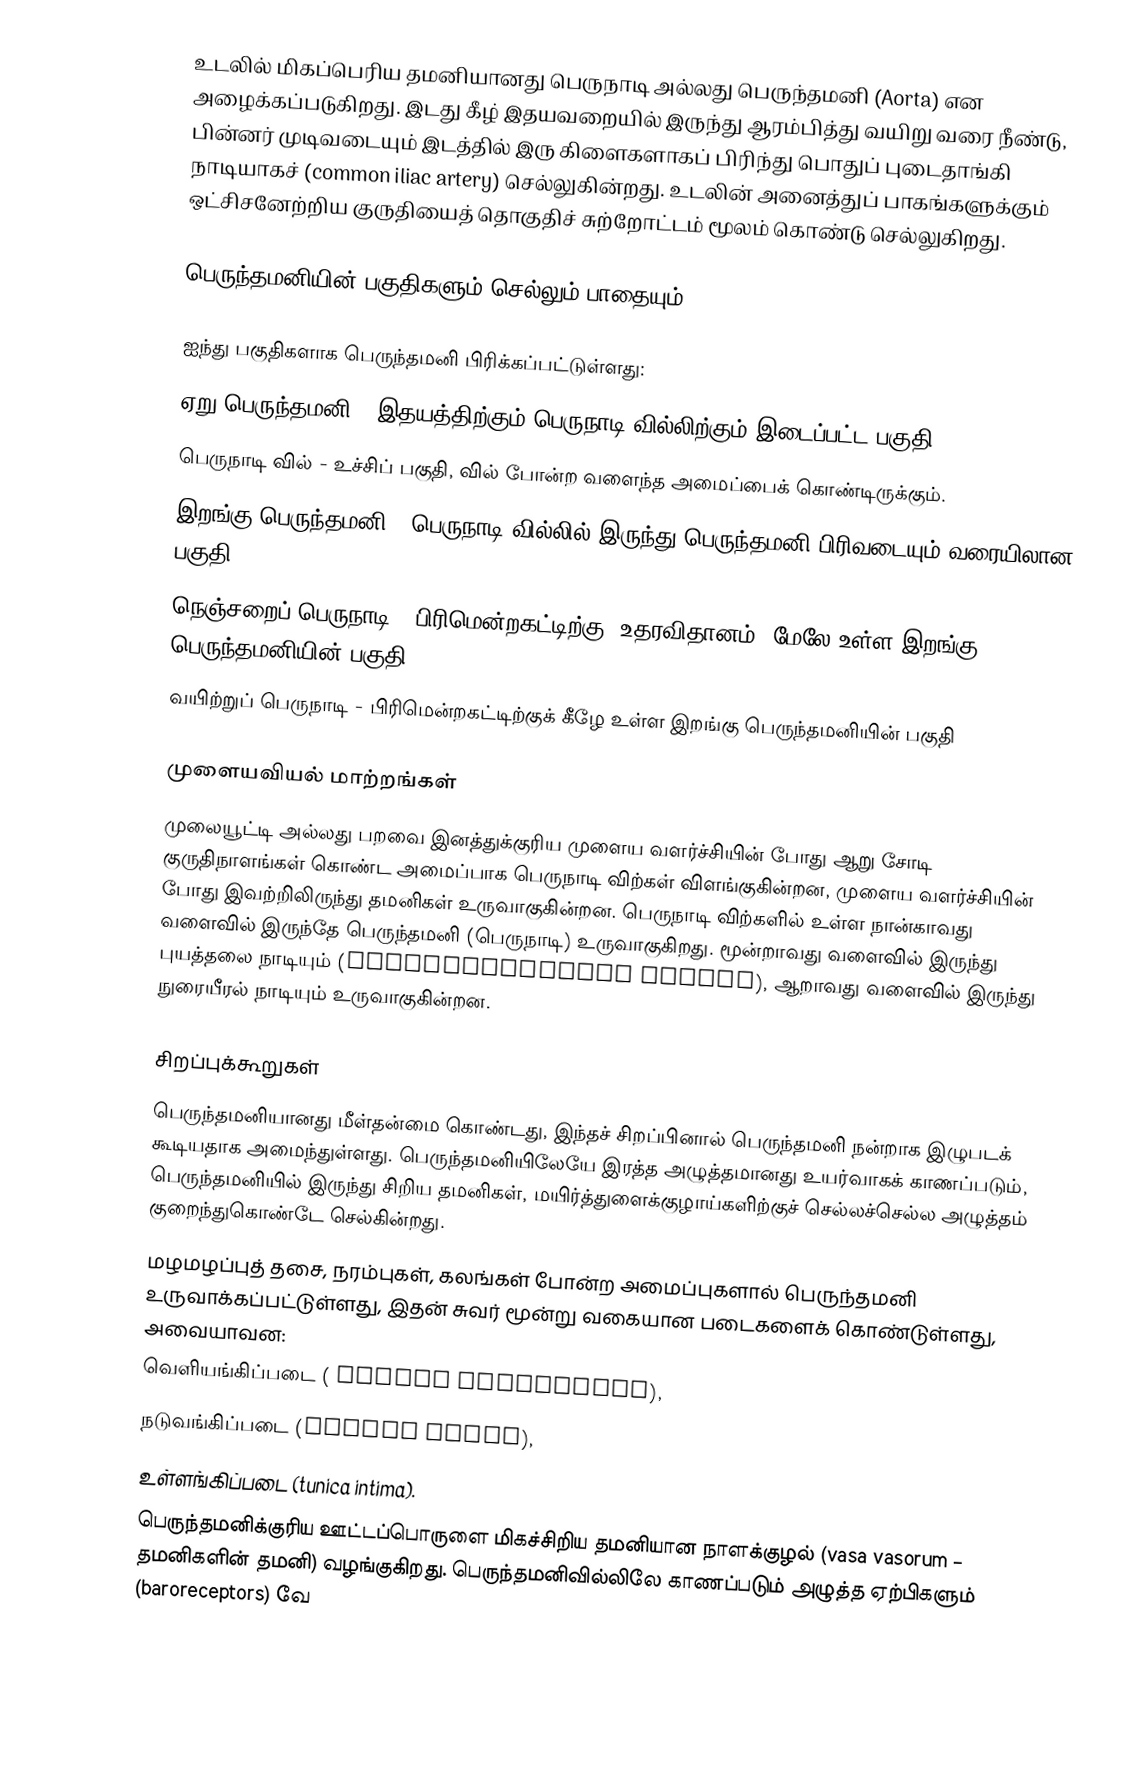
உடலில் மிகப்பெரிய தமனியானது பெருநாடி அல்லது பெருந்தமனி (Aorta) என அழைக்கப்படுகிறது. இடது கீழ் இதயவறையில் இருந்து ஆரம்பித்து வயிறு வரை நீண்டு, பின்னர் முடிவடையும் இடத்தில் இரு கிளைகளாகப் பிரிந்து பொதுப் புடைதாங்கி நாடியாகச் (common iliac artery) செல்லுகின்றது. உடலின் அனைத்துப் பாகங்களுக்கும் ஒட்சிசனேற்றிய குருதியைத் தொகுதிச் சுற்றோட்டம் மூலம் கொண்டு செல்லுகிறது.

பெருந்தமனியின் பகுதிகளும் செல்லும் பாதையும்

ஐந்து பகுதிகளாக பெருந்தமனி பிரிக்கப்பட்டுள்ளது:
ஏறு பெருந்தமனி - இதயத்திற்கும் பெருநாடி வில்லிற்கும் இடைப்பட்ட பகுதி
பெருநாடி வில் - உச்சிப் பகுதி, வில் போன்ற வளைந்த அமைப்பைக் கொண்டிருக்கும்.
இறங்கு பெருந்தமனி - பெருநாடி வில்லில் இருந்து பெருந்தமனி பிரிவடையும் வரையிலான பகுதி
நெஞ்சறைப் பெருநாடி - பிரிமென்றகட்டிற்கு (உதரவிதானம்) மேலே உள்ள இறங்கு பெருந்தமனியின் பகுதி
வயிற்றுப் பெருநாடி - பிரிமென்றகட்டிற்குக் கீழே உள்ள இறங்கு பெருந்தமனியின் பகுதி

முளையவியல் மாற்றங்கள்
முலையூட்டி அல்லது பறவை இனத்துக்குரிய முளைய வளர்ச்சியின் போது ஆறு சோடி குருதிநாளங்கள் கொண்ட அமைப்பாக பெருநாடி விற்கள் விளங்குகின்றன, முளைய வளர்ச்சியின் போது இவற்றிலிருந்து தமனிகள் உருவாகுகின்றன. பெருநாடி விற்களில் உள்ள நான்காவது வளைவில் இருந்தே பெருந்தமனி (பெருநாடி) உருவாகுகிறது. மூன்றாவது வளைவில் இருந்து புயத்தலை நாடியும் (brachiocephalic artery), ஆறாவது வளைவில் இருந்து  நுரையீரல் நாடியும் உருவாகுகின்றன.

சிறப்புக்கூறுகள்
பெருந்தமனியானது மீள்தன்மை கொண்டது, இந்தச் சிறப்பினால் பெருந்தமனி நன்றாக இழுபடக் கூடியதாக அமைந்துள்ளது. பெருந்தமனியிலேயே இரத்த அழுத்தமானது உயர்வாகக் காணப்படும், பெருந்தமனியில் இருந்து சிறிய தமனிகள், மயிர்த்துளைக்குழாய்களிற்குச் செல்லச்செல்ல அழுத்தம் குறைந்துகொண்டே செல்கின்றது.
மழமழப்புத் தசை, நரம்புகள், கலங்கள் போன்ற அமைப்புகளால் பெருந்தமனி உருவாக்கப்பட்டுள்ளது, இதன் சுவர் மூன்று வகையான படைகளைக் கொண்டுள்ளது, அவையாவன:
வெளியங்கிப்படை ( tunica adventitia),
நடுவங்கிப்படை (tunica media),
உள்ளங்கிப்படை (tunica intima).
பெருந்தமனிக்குரிய ஊட்டப்பொருளை மிகச்சிறிய தமனியான நாளக்குழல் (vasa vasorum – தமனிகளின் தமனி) வழங்குகிறது. பெருந்தமனிவில்லிலே காணப்படும் அழுத்த ஏற்பிகளும் (baroreceptors) வே